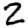
Digit: 2